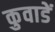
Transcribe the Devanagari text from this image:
कुवाडें